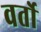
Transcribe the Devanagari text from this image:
वर्तो